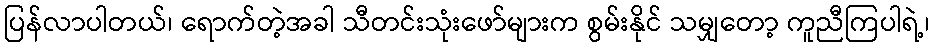
ပြန်လာပါတယ်၊ ရောက်တဲ့အခါ သီတင်းသုံးဖော်များက စွမ်းနိုင် သမျှတော့ ကူညီကြပါရဲ့၊